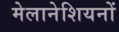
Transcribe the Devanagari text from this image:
मेलानेशियनों